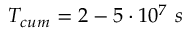
T _ { c u m } = 2 - 5 \cdot 1 0 ^ { 7 } ~ s